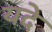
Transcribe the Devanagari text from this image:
यदे